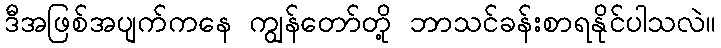
ဒီအဖြစ်အပျက်ကနေ ကျွန်တော်တို့ ဘာသင်ခန်းစာရနိုင်ပါသလဲ။